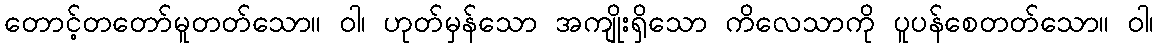
တောင့်တတော်မူတတ်သော။ ဝါ၊ ဟုတ်မှန်သော အကျိုးရှိသော ကိလေသာကို ပူပန်စေတတ်သော။ ဝါ၊